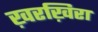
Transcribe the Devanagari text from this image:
ख़रख़िरा